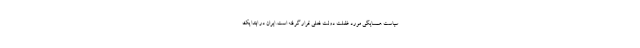
سیاست همسایگی مورد غفلت دولت فعلی قرار گرفته است. ایران در ابتدا یک